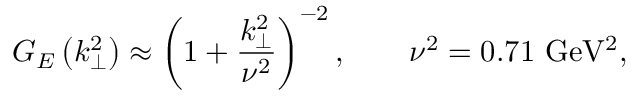
G _ { E } \left( k _ { \perp } ^ { 2 } \right) \approx \left( 1 + \frac { k _ { \perp } ^ { 2 } } { \nu ^ { 2 } } \right) ^ { - 2 } , \qquad \nu ^ { 2 } = 0 . 7 1 \mathrm { \ G e V ^ { 2 } , }